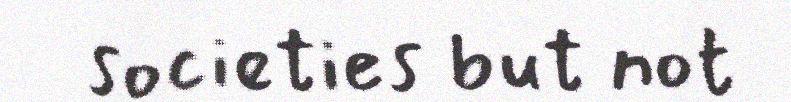
societies but not